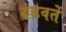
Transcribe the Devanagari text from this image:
दंडवतें